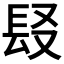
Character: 𨱣